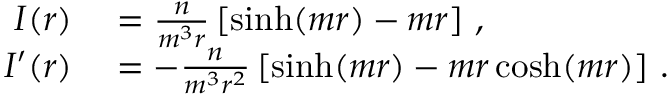
\begin{array} { r l } { I ( r ) } & { { } = \frac n { m ^ { 3 } r } \left[ \sinh ( m r ) - m r \right] \, , } \\ { I ^ { \prime } ( r ) } & { { } = - \frac n { m ^ { 3 } r ^ { 2 } } \left[ \sinh ( m r ) - m r \cosh ( m r ) \right] \, . } \end{array}